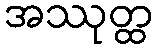
အဿုတ္ထ